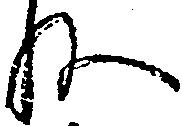
ね